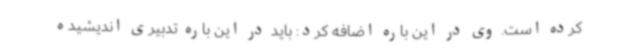
کرده است. وی در این باره اضافه کرد: باید در این باره تدبیری اندیشیده